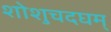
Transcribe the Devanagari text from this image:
शोशुचदघम्